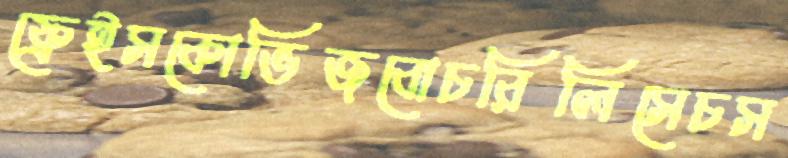
ফ্রেইসকোভিজবোচরিলিসেচস